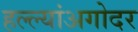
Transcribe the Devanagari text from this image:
हल्ल्यांअगोदर